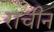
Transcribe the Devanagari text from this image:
राचीन